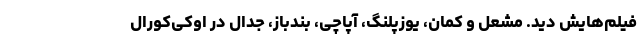
فیلم‌هایش دید. مشعل و کمان، یوزپلنگ، آپاچی، بندباز، جدال در اوکی‌کورال